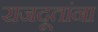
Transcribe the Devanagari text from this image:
राजदूतांना